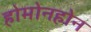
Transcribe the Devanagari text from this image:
होमोनहोन